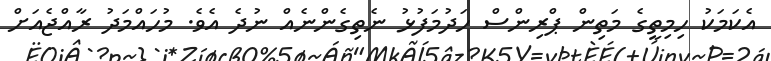
އެކަމަކު ހިމިތީގެ މަތިން ޕްރިންސް ހަދުމަފުޅު ނެތިގެންނެއް ނުދެ އެވެ. މުހައްމަދު ރާއްޖެއަށް